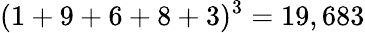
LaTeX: (1+9+6+8+3)^{3}=19,683